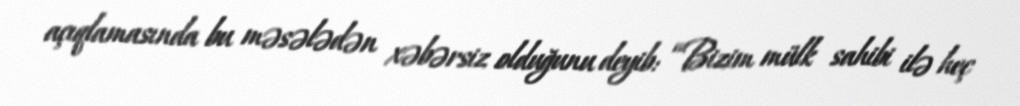
açıqlamasında bu məsələdən xəbərsiz olduğunu deyib: “Bizim mülk sahibi ilə heç